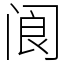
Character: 阆